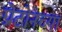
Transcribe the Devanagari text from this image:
प्रोटोनच्या